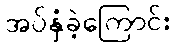
အပ်နှံခဲ့ကြောင်း